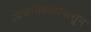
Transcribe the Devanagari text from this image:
विश्वविक्रमांपासून